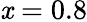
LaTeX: \mathit{x}=0.8